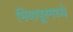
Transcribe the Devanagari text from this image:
भिवापूरमध्ये